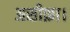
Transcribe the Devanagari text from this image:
असीफ़ा।